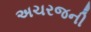
અચરજની